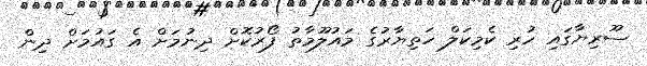
ސޫރިޔާގައި ހުރި ކެމިކަލް ހަތިޔާރުގެ މައުލޫމާތު ފޯރުކޮށް ދިނުމަށް އެ ގައުމަށް ދިން